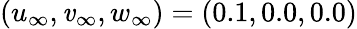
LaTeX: (u_{\infty},\mathit{v}_{\infty},w_{\infty})=(0.1,0.0,0.0)